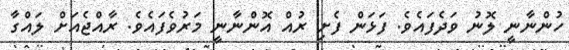
ހުންނާނީ ލޮނު ވަދެފައެވެ. ފަޅަން ފެށި ރުއް އޮންނާނީ މަރުވެފައެވެ. ރާއްޖެއަށް ލައްގާ